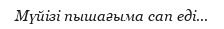
Мүйізі пышағыма сап еді...